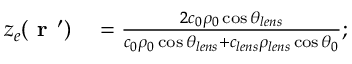
\begin{array} { r l } { z _ { e } ( \textbf { r } ^ { \prime } ) } & { { } = \frac { 2 c _ { 0 } \rho _ { 0 } \cos \theta _ { l e n s } } { c _ { 0 } \rho _ { 0 } \cos \theta _ { l e n s } + c _ { l e n s } \rho _ { l e n s } \cos \theta _ { 0 } } ; } \end{array}